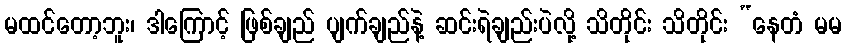
မထင်တော့ဘူး၊ ဒါကြောင့် ဖြစ်ချည် ပျက်ချည်နဲ့ ဆင်းရဲချည်းပဲလို့ သိတိုင်း သိတိုင်း “နေတံ မမ